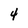
Character: 4